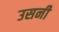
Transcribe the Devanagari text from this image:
उसनी